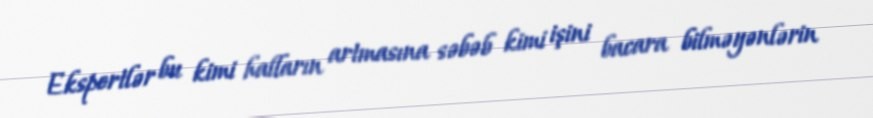
Ekspertlər bu kimi halların artmasına səbəb kimi işini bacara bilməyənlərin